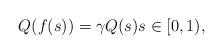
LaTeX: \begin{align*} Q(f(s)) = \gamma Q(s) s \in [0,1),\end{align*}